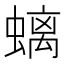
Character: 螭